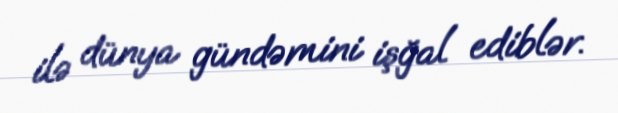
ilə dünya gündəmini işğal ediblər.